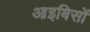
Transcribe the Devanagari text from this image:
आइबिसों